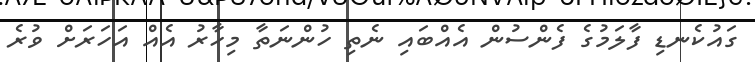
ގައުކެނޑި ފާލަމުގެ ފެންސުން އެއްބައި ނެތި ހުންނަތާ މިހާރު އެއް އަހަރަށް ވުރެ